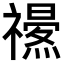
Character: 𥜏